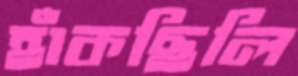
হাঁকছিলি